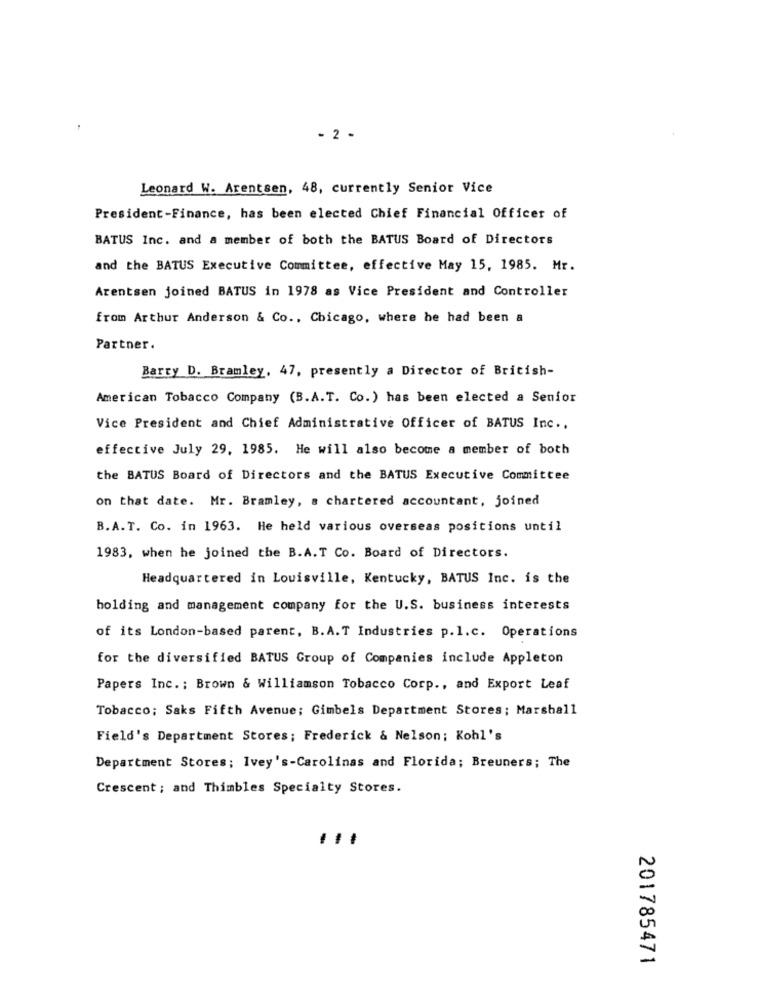
- 2 -
Leonard W. Arentsen, 48, currently Senior Vice
President-Finance, has been elected Chief Financial Officer of
BATUS Inc. and a member of both the BATUS Board of Directors
and the BATUS Executive Committee, effective May 15, 1985. Mr.
Arentsen joined BATUS in 1978 as Vice President and Controller
from Arthur Anderson & Co .. Chicago, where he had been a
Partner.
Barry D. Bramley, 47, presently a Director of British-
American Tobacco Company (B.A.T. Co.) has been elected a Senior
Vice President and Chief Administrative Officer of BATUS Inc ..
effective July 29, 1985. He will also become a member of both
the BATUS Board of Directors and the BATUS Executive Committee
on that date. Mr. Bramley, s chartered accountant, joined
B.A.T. Co. in 1963. He held various overseas positions until
1983, when he joined the B.A.T Co. Board of Directors.
Headquartered in Louisville, Kentucky, BATUS Inc. is the
holding and management company for the U.S. business interests
of its London-based parent, B.A.T Industries p.l.c. Operations
for the diversified BATUS Group of Companies include Appleton
Papers Inc .: Brown & Williamson Tobacco Corp ., and Export Leaf
Tobacco; Saks Fifth Avenue; Gimbels Department Stores; Marshall
Field's Department Stores; Frederick & Nelson; Kohl's
Department Stores; Ivey's-Carolinas and Florida; Breuners; The
Crescent ; and Thimbles Specialty Stores.
201785471